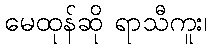
မေထုန်ဆို ရာသီကူး၊